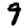
Digit: 9